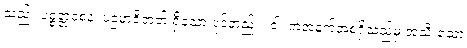
သည်။ ပစ္စတ္တဝစနံ၊ ပဌမာဝိဘတ် ရှိသော ပုဒ်တည်း။ ဝါ၊ ကံအနက်အစရှိသည်မှ အသီးသော